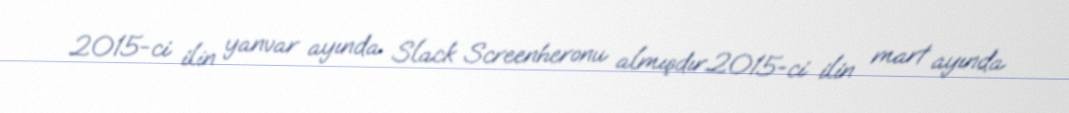
2015-ci ilin yanvar ayında Slack Screenheronu almışdır.2015-ci ilin mart ayında